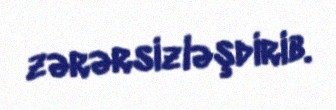
zərərsizləşdirib.